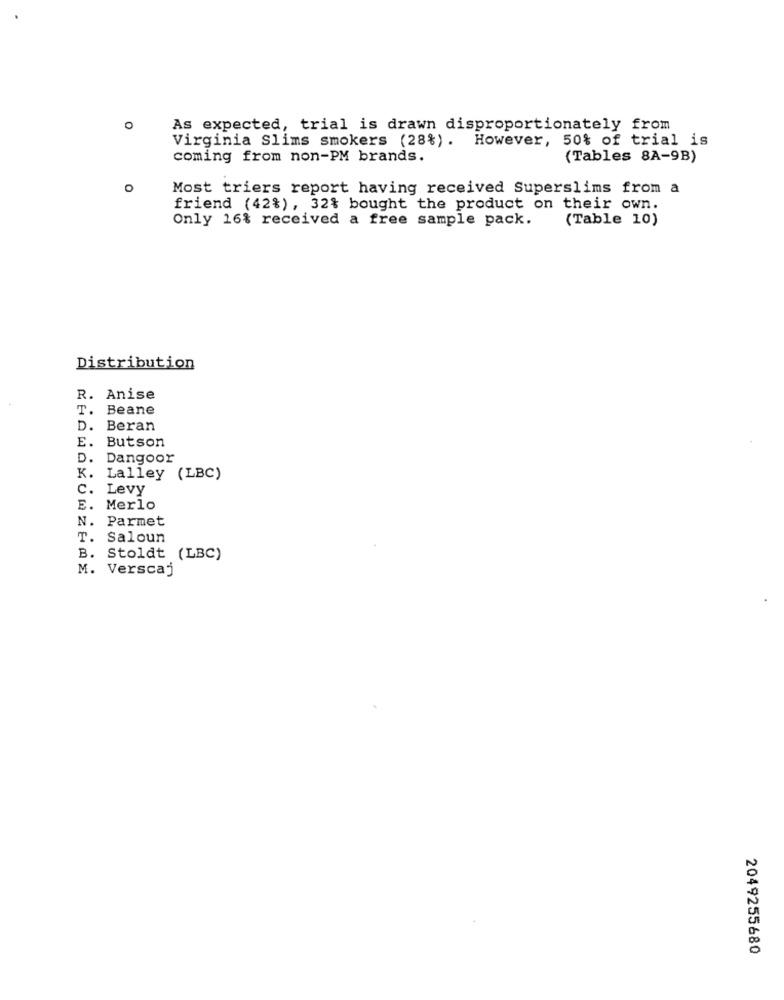
O
As expected, trial is drawn disproportionately from
Virginia Slims smokers (28%). However, 50% of trial is
coming from non-PM brands.
(Tables 8A-9B)
o
Most triers report having received Superslims from a
friend (42%), 32% bought the product on their own.
Only 16% received a free sample pack.
(Table 10)
Distribution
R. Anise
T.
Beane
D.
Beran
E.
Butson
D.
Dangoor
K. Lalley (LBC)
C.
Levy
E. Merlo
N.
Parmet
T.
Saloun
B. Stoldt (LBC)
M. Verscaj
2049255680